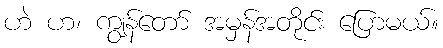
ဟဲ ဟ၊ ကျွန်တော် အမှန်အတိုင်း ပြောမယ်။